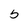
Character: 5